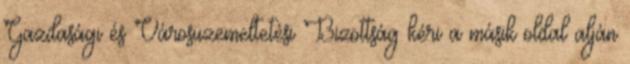
Gazdasági és Városüzemeltetési Bizottság kéri a másik oldal alján